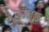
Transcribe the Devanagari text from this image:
खज्जाक